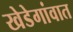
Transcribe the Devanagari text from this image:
खेडेगांवात